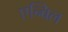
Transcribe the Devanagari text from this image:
एन्बिल